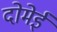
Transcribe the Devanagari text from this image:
दोमेई